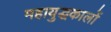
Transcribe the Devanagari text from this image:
महायुद्धकालों